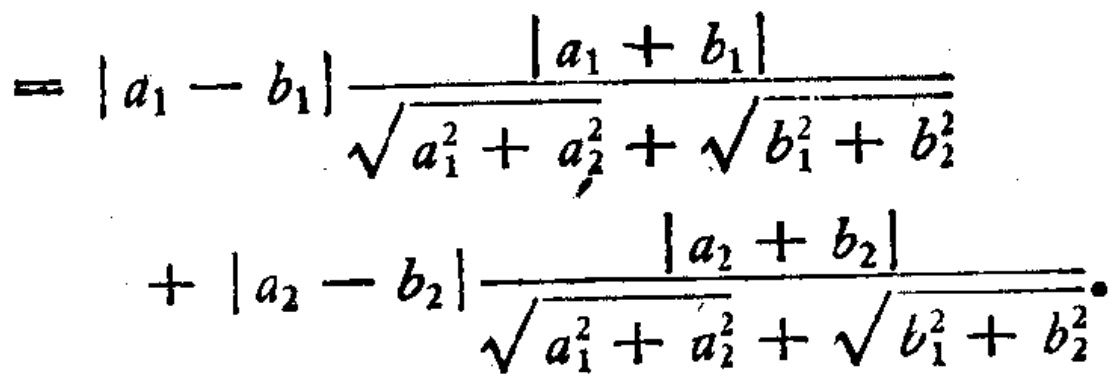
\[

\begin{align*}

=&|a_{1}-b_{1}|\frac{|a_{1}+b_{1}|}{\sqrt{a_{1}^{2}+a_{2}^{2}}+\sqrt{b_{1}^{2}+b_{2}^{2}}}\\

&+|a_{2}-b_{2}|\frac{|a_{2}+b_{2}|}{\sqrt{a_{1}^{2}+a_{2}^{2}}+\sqrt{b_{1}^{2}+b_{2}^{2}}}.

\end{align*}

\]